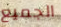
الجميع